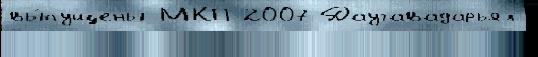
вы́пущены МКП 2007 Даугавадарьял